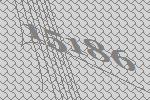
15186